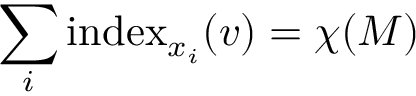
\sum _ { i } \operatorname { i n d e x } _ { x _ { i } } ( v ) = \chi ( M )